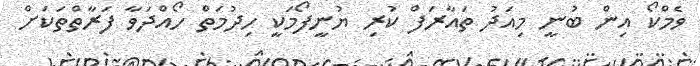
ވެމްކޯ އިން ބުނީ މިއަދު ތައާރަފް ކުރި ޔުނީފޯމަކީ ހިދުމަތް ހޯއްދަވާ ފަރާތްތަކަށް